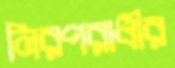
নিরপরাধীর